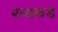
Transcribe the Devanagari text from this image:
बाबाकडे